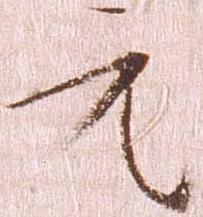
元